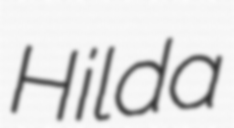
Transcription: Hilda